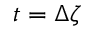
t = \Delta \zeta